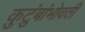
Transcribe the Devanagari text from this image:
कुटुंबांभोवती